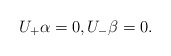
\begin{align*} U_+\alpha=0,U_-\beta=0.\end{align*}